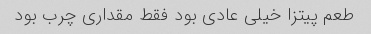
طعم پیتزا خیلی عادی بود فقط مقداری چرب بود